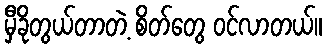
မှီခိုတွယ်တာတဲ့ စိတ်တွေ ဝင်လာတယ်။